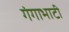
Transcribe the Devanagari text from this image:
गंगाभाटी